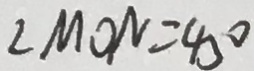
\angle M O N = 4 5 ^ { \circ }